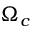
\Omega _ { c }